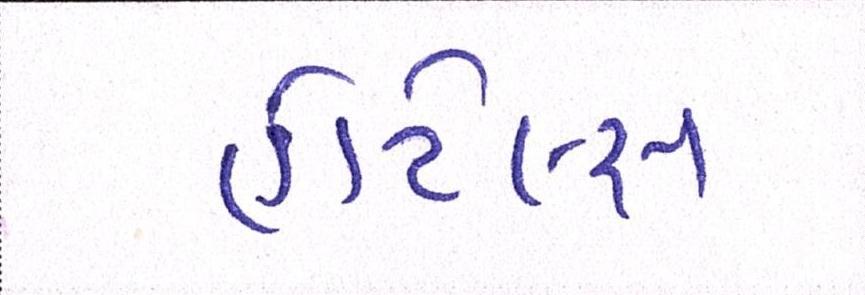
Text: હોટેલ્સ